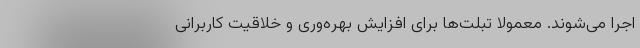
اجرا می‌شوند. معمولا تبلت‌ها برای افزایش بهره‌وری و خلاقیت کاربرانی